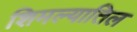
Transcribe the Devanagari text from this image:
शिमल्यातिल